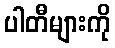
ပါတီများကို